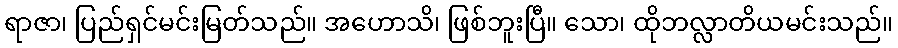
ရာဇာ၊ ပြည်ရှင်မင်းမြတ်သည်။ အဟောသိ၊ ဖြစ်ဘူးပြီ။ သော၊ ထိုဘလ္လာတိယမင်းသည်။